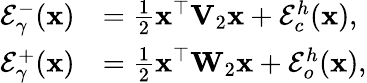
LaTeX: \begin{array}{rl}{\mathcal{E}_{\gamma}^{-}(\mathbf{x})}&{=\frac{1}{2}\mathbf{x}^{\top}\mathbf{V}_{2}\mathbf{x}+\mathcal{E}_{c}^{h}(\mathbf{x}),}\\ {\mathcal{E}_{\gamma}^{+}(\mathbf{x})}&{=\frac{1}{2}\mathbf{x}^{\top}\mathbf{W}_{2}\mathbf{x}+\mathcal{E}_{o}^{h}(\mathbf{x}),}\end{array}